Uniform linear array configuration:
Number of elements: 24
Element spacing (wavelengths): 1
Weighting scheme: hann
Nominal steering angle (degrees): -30
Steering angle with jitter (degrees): -30.961
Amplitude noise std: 0.05
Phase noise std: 0.05

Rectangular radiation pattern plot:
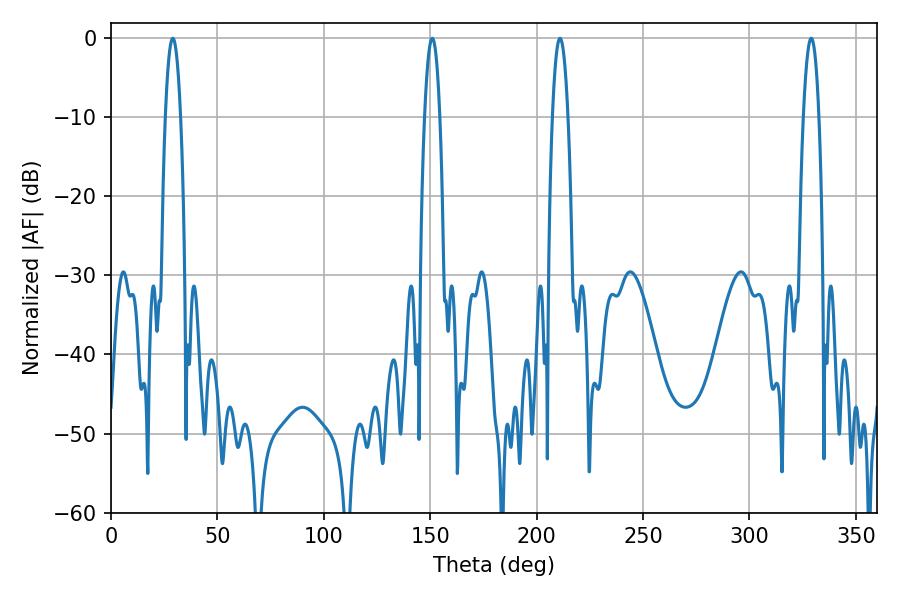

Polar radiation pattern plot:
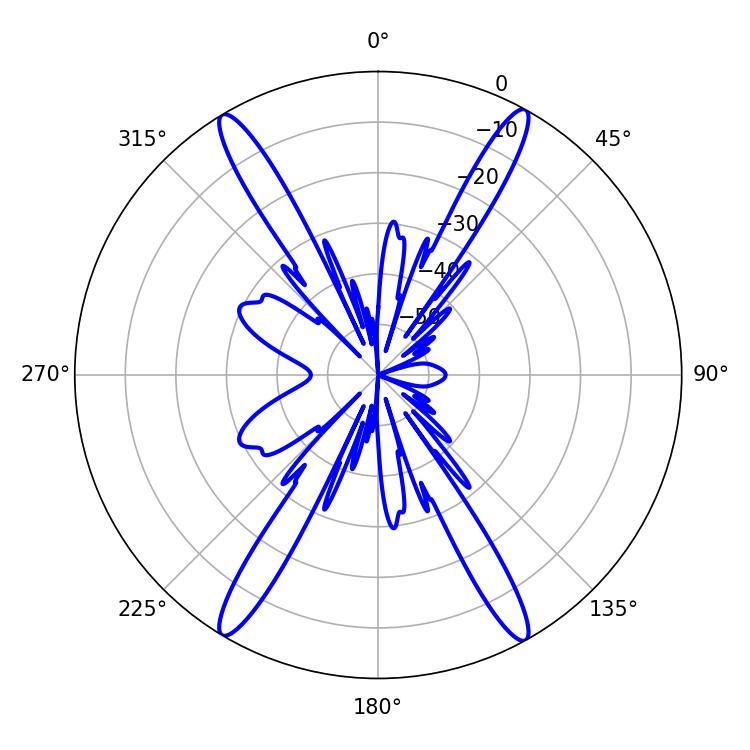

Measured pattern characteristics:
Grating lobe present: TRUE
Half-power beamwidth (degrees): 3.96
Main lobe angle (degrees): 210.96